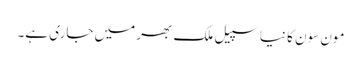
مون سون کا نیا سپیل ملک بھر میں جاری ہے۔